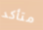
متأكد